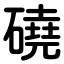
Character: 磽